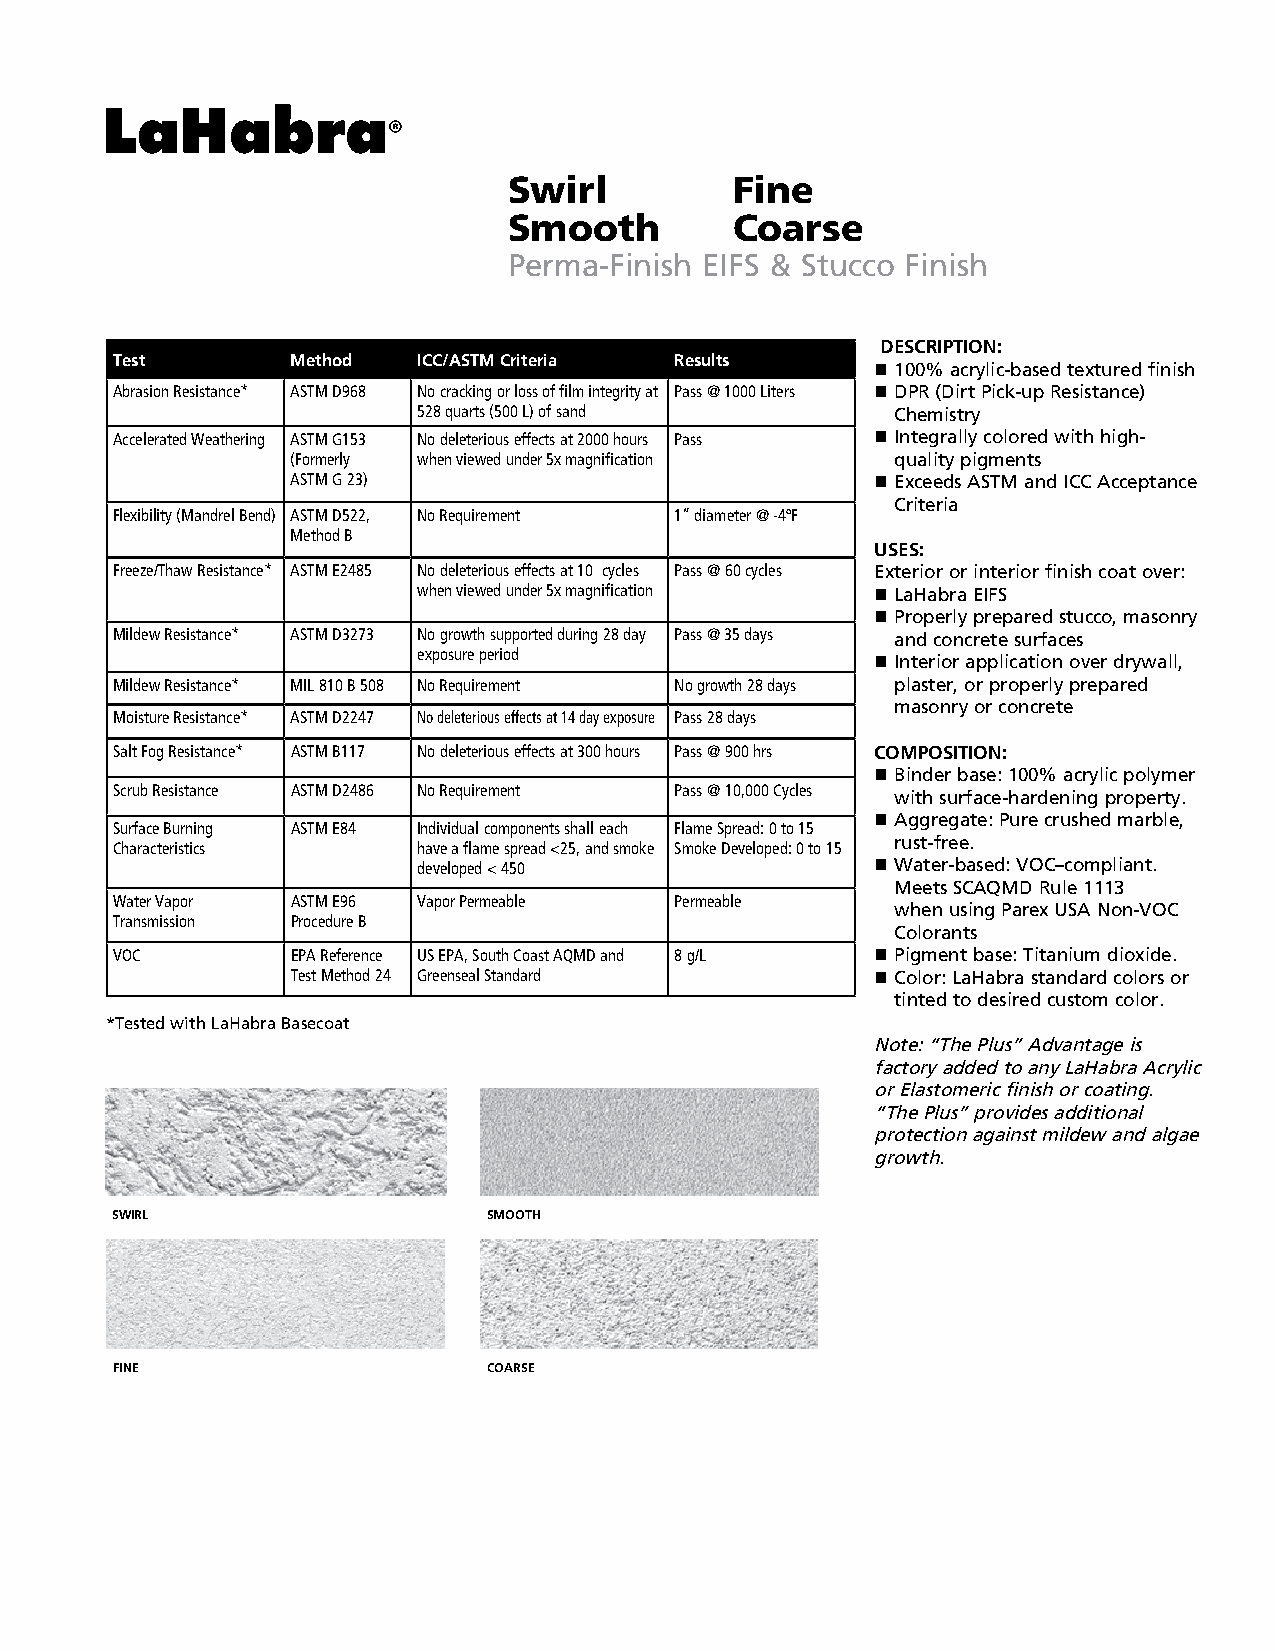
Swirl         Fine
 Smooth        Coarse
 Perma-Finish EIFS & Stucco Finish
 DESCRIPTION:
 Test        Method   ICC/ASTM Criteria Results
 n 1 00% acrylic-based textured finish
 Abrasion Resistance* ASTM D968 No cracking or loss of film integrity at Pass @ 1000 Liters n D PR (Dirt Pick-up Resistance)
 528 quarts (500 L) of sand     Chemistry
 Accelerated Weathering ASTM G153 No deleterious effects at 2000 hours Pass n I ntegrally colored with high-
 (Formerly when viewed under 5x magnification quality pigments
 ASTM G 23)                             n E xceeds ASTM and ICC Acceptance
 Criteria
 Flexibility (Mandrel Bend) ASTM D522, No Requirement 1” diameter @ -4ºF
 Method B
 USES:
 Freeze/Thaw Resistance* ASTM E2485 No deleterious effects at 10 cycles Pass @ 60 cycles Exterior or interior finish coat over:
 when viewed under 5x magnification n L aHabra EIFS
 n P roperly prepared stucco, masonry
 Mildew Resistance* ASTM D3273 No growth supported during 28 day Pass @ 35 days and concrete surfaces
 exposure period               n I nterior application over drywall,
 Mildew Resistance* MIL 810 B 508 No Requirement No growth 28 days plaster, or properly prepared
 masonry or concrete
 Moisture Resistance* ASTM D2247 No deleterious effects at 14 day exposure Pass 28 days
 Salt Fog Resistance* ASTM B117 No deleterious effects at 300 hours Pass @ 900 hrs COMPOSITION:
 n B inder base: 100% acrylic polymer
 Scrub Resistance ASTM D2486 No Requirement Pass @ 10,000 Cycles with surface-hardening property.
 n A ggregate: Pure crushed marble,
 Surface Burning ASTM E84 Individual components shall each Flame Spread: 0 to 15
 rust-free.
 Characteristics      have a flame spread <25, and smoke Smoke Developed: 0 to 15
 developed < 450               n W ater-based: VOC–compliant.
 Meets SCAQMD Rule 1113
 Water Vapor ASTM E96 Vapor Permeable  Permeable
 when using Parex USA Non-VOC
 Transmission Procedure B
 Colorants
 VOC         EPA Reference US EPA, South Coast AQMD and 8 g/L n P igment base: Titanium dioxide.
 Test Method 24 Greenseal Standard      n C olor: LaHabra standard colors or
 tinted to desired custom color.
 *Tested with LaHabra Basecoat
 Note: “The Plus” Advantage is
 factory added to any LaHabra Acrylic
 or Elastomeric finish or coating.
 “The Plus” provides additional
 protection against mildew and algae
 growth.
 SWIRL                    SMOOTH
 FINE                     COARSE